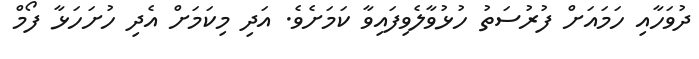
ދުވަހާއި ހަމައަށް ފުރުސަތު ހުޅުވާލެވިފައިވާ ކަމަށެވެ. އަދި މިކަމަށް އެދި ހުށަހަޅާ ފޯމް